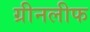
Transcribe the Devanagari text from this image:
ग्रीनलीफ